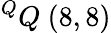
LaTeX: ^{Q}Q\ (8,8)